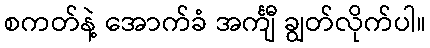
စကတ်နဲ့ အောက်ခံ အင်္ကျီ ချွတ်လိုက်ပါ။